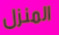
المنزل